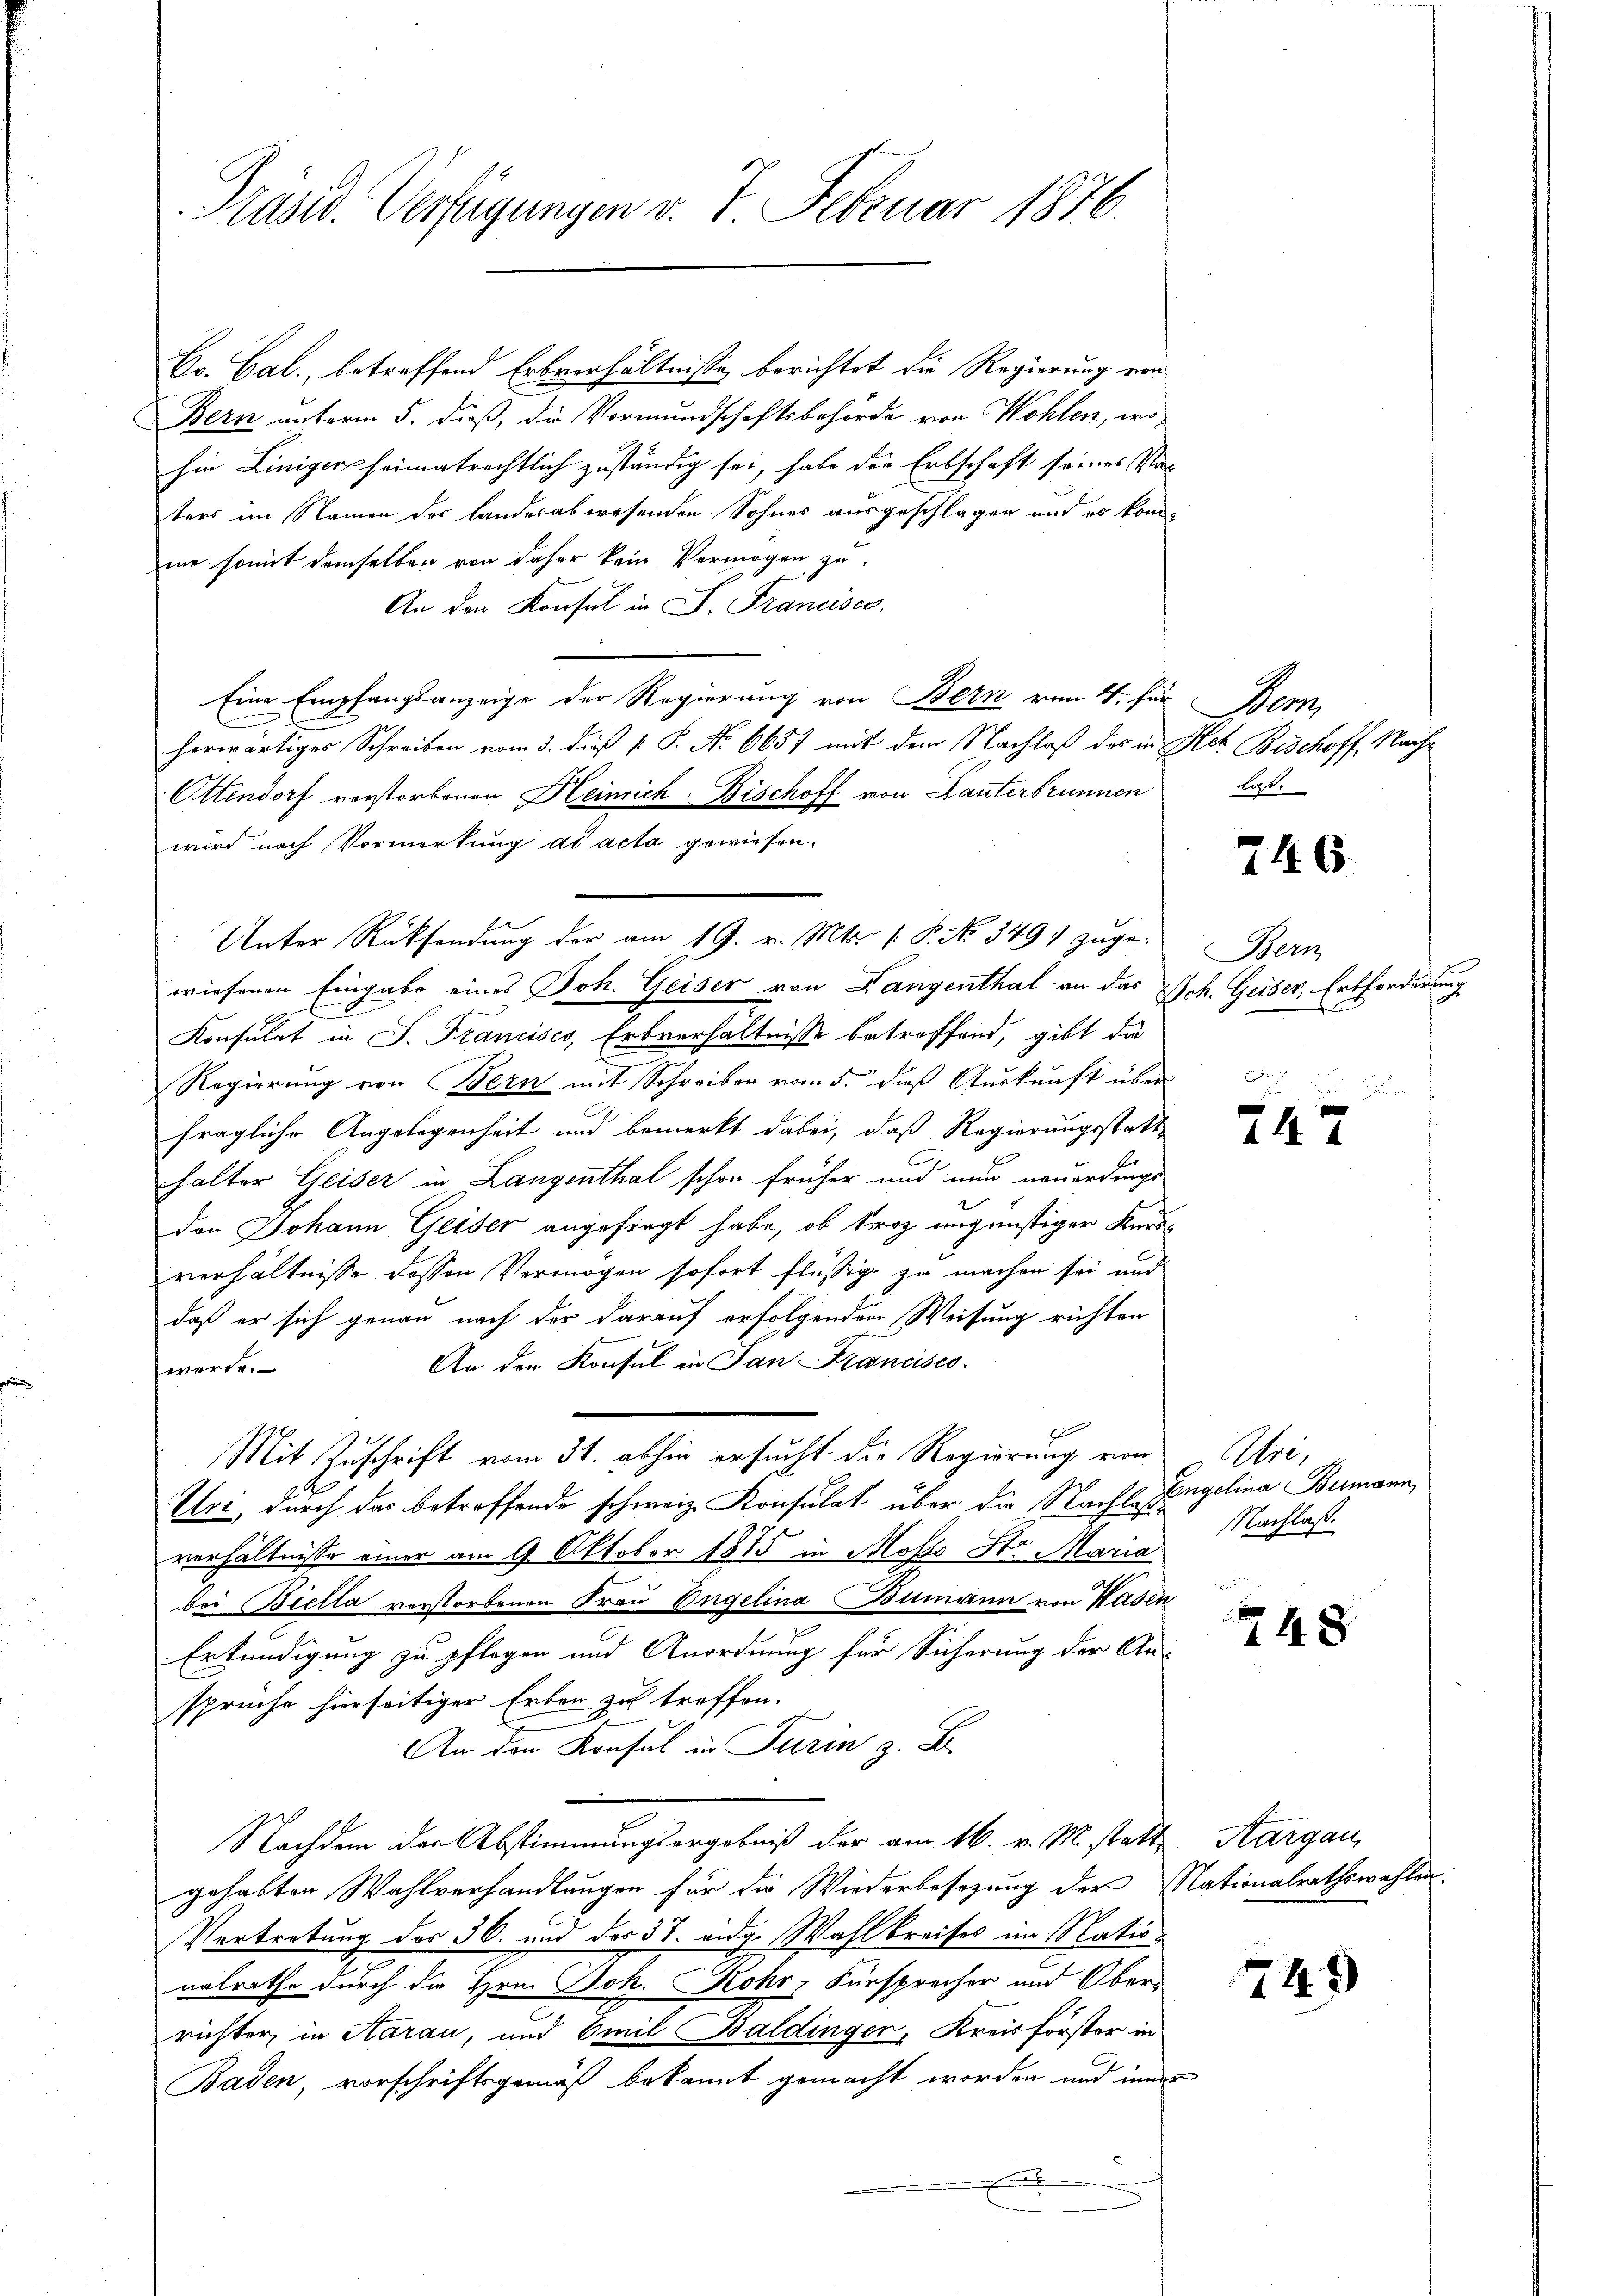
Präsid. Verfügungen v. 7. Februar 1876.

Co. Cal., betreffend Erbverhältnisse berichtet die Regierung von
Bern unterm 5. dieß, die Vormundschaftsbehörde von Wohlen, wohin Liniger heimatrechtlich zuständig sei, habe die Erbschaft seines Vor
ters im Namen der landesabwesenden Sohnes ausgeschlagen und es komme somit demselben von daher kein Vermögen zu
An den Konsul in P. Francises.
Eine Empfangsanzeige der Regierung von Bern von 4. für Bern,
herwärtiges Schreiben vom 3. dieß P. P. No 6657 mit dem Nachlaß des in Act. Bischoff, Nach¬
Ottendorf verstorbenen Heinrich Bischoff von Lanterbrunnen
wird nach Vormerkung ad acta gewiesen.
Unter Rücksendung der am 19. v. Mts. (: P. No. 349) zuge-
wiesenen Eingabe eines Joh. Geiser von Langenthal an das Sch. Geiser, Erbforderung
Konsulat in P. Francisco, Erbverhältnisse betreffend, gibt die
Regierung von Bern mit Schreiben vom 5. dieß Auskunft über
fragliche Angelegenheit und bemerkt dabei, daß Regierungsstatt
halter Geiser in Langenthal schon früher und nun neuerdings
dan Johann Geiser angefragt habe, ob troz ungünstiger Kursverhältnisse dessen Vermögen sofort flüssige zu machen sei und
daß er sich genau nach der darauf erfolgenden Weisung richten
An den Konsul in San Francisco
werde.
Mit Zuschrift vom 31. abhin ersucht die Regierung von
Elri, durch das betreffende schweiz. Konsulat über die Nachlaßverhältnisse einer am 9. Oktober 1875 in Mosto St. Maria
bei Biella verstorbenen Frau Engelina Bumann von Wasen
Erkundigung zu pflegen und Anordnung für Sicherung der An-
spruche hierseitiger Erben zu treffen.
An den Konsul in Turin z. B.
Nachdem der Abstimmungsergebniß der am 16. v. M. stattgehabten Wahlverhandlungen für die Wiederbesezung der Nationalrathswahlen:
Vertretung des 36. und des 31. eidg. Wahl breises im Nationalrathe durch die Hrn. Joh. Rohr, Fürsprecher und Ober-
richter in Aarau, und Emil Baldinger, Kreisförster in
Baden, vorschriftsgemäß bekannt gemacht worden und inner
.
e

laß.

246

Bern

5
747

Are
Engelina Bumann,
Nachlaß.

248

Aargau,

745